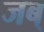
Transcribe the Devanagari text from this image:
जब्